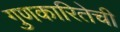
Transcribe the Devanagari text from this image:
गुणकारितेची